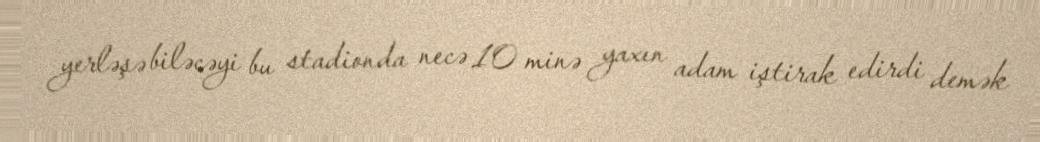
yerləşə biləcəyi bu stadionda necə 10 minə yaxın adam iştirak edirdi demək